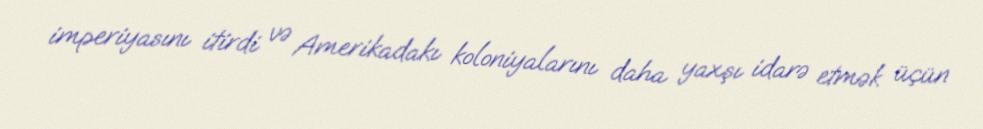
imperiyasını itirdi və Amerikadakı koloniyalarını daha yaxşı idarə etmək üçün